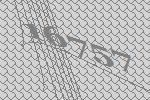
16757